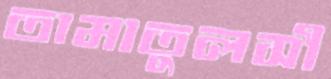
তামাতুলসী